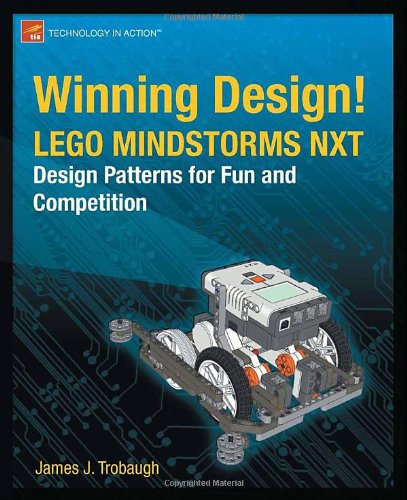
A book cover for Winning Design!: LEGO MINDSTORMS NXT Design Patterns for Fun and Competition (Technology in Action); James Trobaugh; Computers & Technology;